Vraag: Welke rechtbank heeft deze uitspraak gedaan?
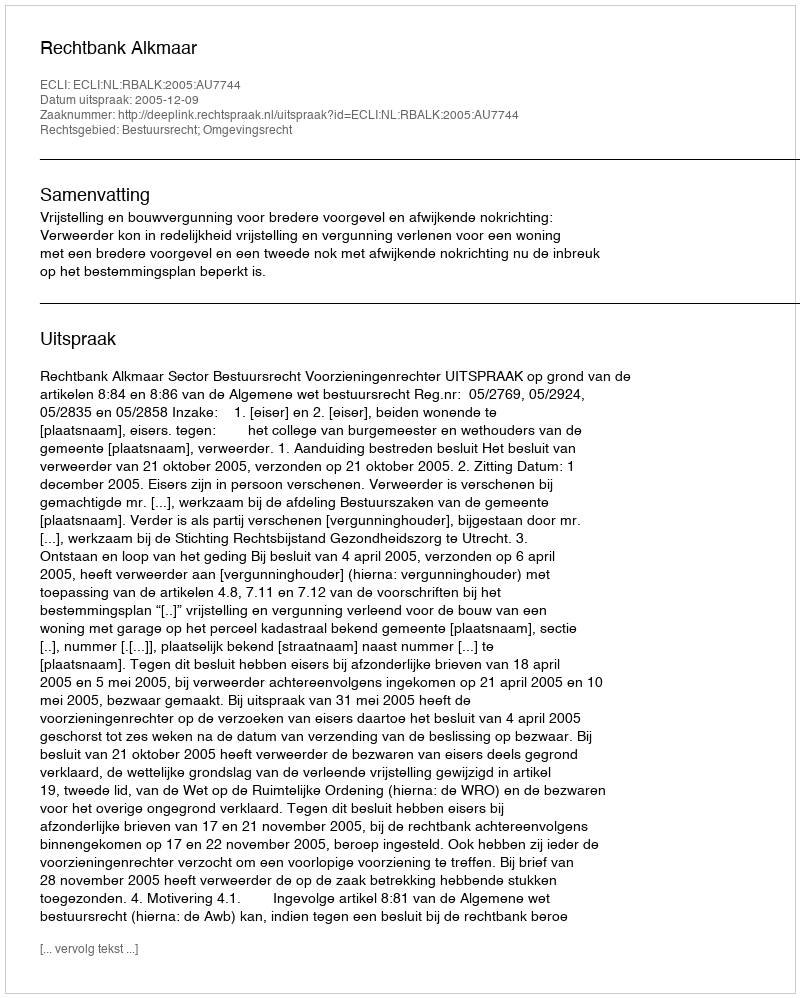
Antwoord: Rechtbank Alkmaar